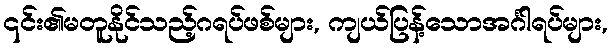
၎င်း၏မတူနိုင်သည့်ဂရပ်ဖစ်များ, ကျယ်ပြန့်သောအင်္ဂါရပ်များ,